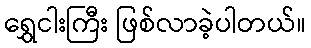
ရွှေငါးကြီး ဖြစ်လာခဲ့ပါတယ်။